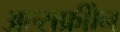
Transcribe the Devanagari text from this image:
अल्सफ्रीोन